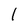
Character: 1